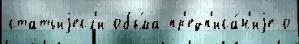
статьиjесл'и объ́ма пр'едп'иса́н'иjе о